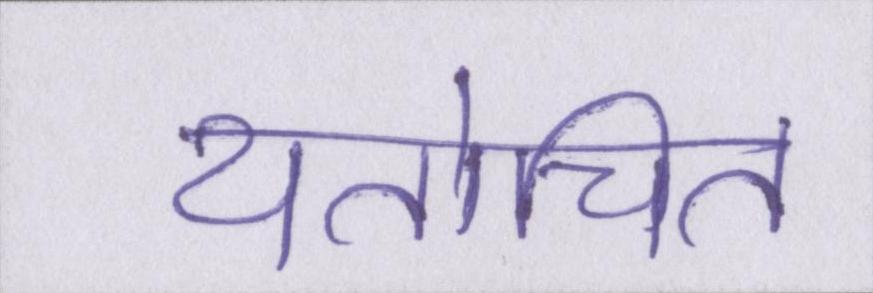
यतोचित